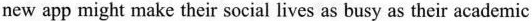
new app might make their social lives as busy as their academic